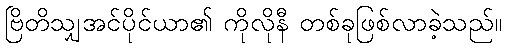
ဗြိတိသျှအင်ပိုင်ယာ၏ ကိုလိုနီ တစ်ခုဖြစ်လာခဲ့သည်။